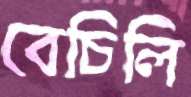
বেচিলি